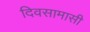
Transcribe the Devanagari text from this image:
दिवसामासी